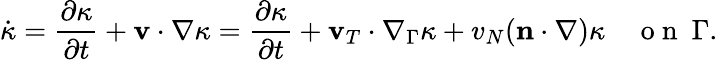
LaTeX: \dot{\kappa}=\frac{\partial\kappa}{\partial t}+\mathbf v\cdot\nabla\kappa=\frac{\partial\kappa}{\partial t}+\mathbf v_{T}\cdot\nabla_{\Gamma}\kappa+v_{N}(\mathbf n\cdot\nabla)\kappa\quad\mathrm{~o~n~}~\Gamma.